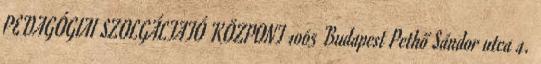
PEDAGÓGIAI SZOLGÁLTATÓ KÖZPONT 1065 Budapest Pethő Sándor utca 4.